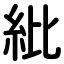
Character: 紕